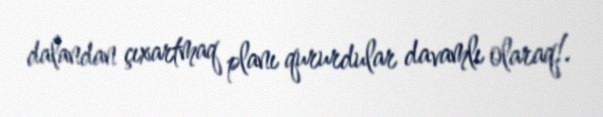
dalandan çıxartmaq planı qururdular davamlı olaraq!.